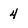
Character: 4